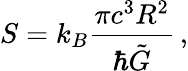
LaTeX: S=k_{B}\frac{\pi c^{3}R^{2}}{\hbar\tilde{G}}\, ,